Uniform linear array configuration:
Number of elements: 64
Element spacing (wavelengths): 0.75
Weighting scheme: cosine
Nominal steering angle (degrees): -30
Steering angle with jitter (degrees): -28.935
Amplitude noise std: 0.05
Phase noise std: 0.05

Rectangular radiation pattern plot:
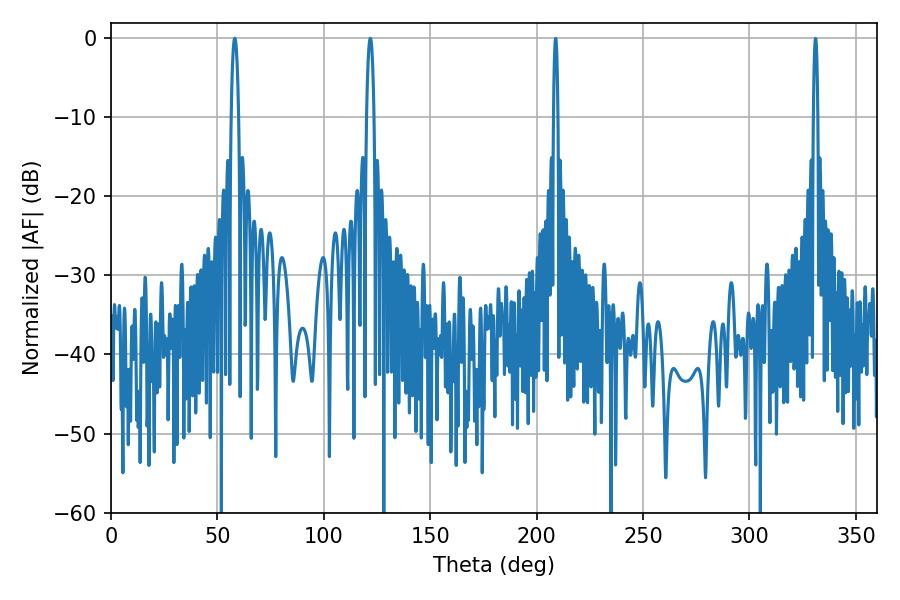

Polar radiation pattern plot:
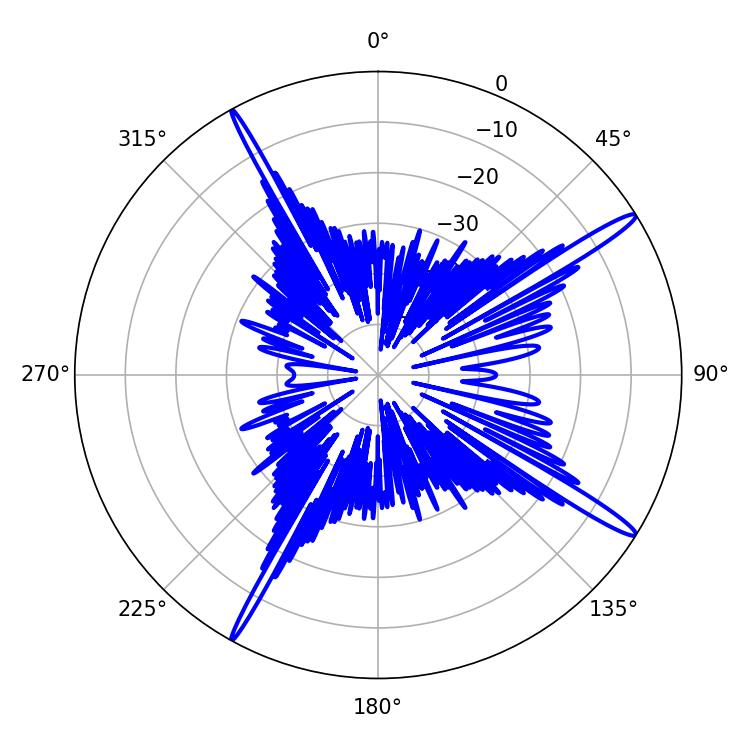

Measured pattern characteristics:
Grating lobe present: TRUE
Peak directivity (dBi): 16.541
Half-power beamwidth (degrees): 1.8
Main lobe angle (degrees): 58.14